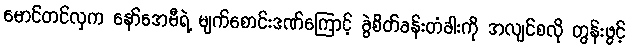
မောင်တင်လှက နော်အေမီရဲ့ မျက်စောင်းဒဏ်ကြောင့် ခွဲစိတ်ခန်းတံခါးကို အလျင်စလို တွန်းဖွင့်